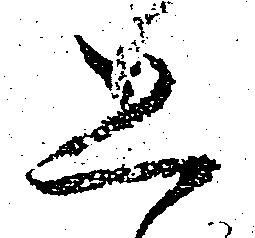
恐